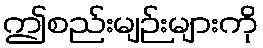
ဤစည်းမျဉ်းများကို